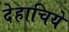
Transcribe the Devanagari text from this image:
देहाचिये